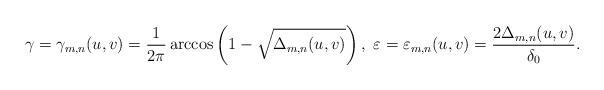
\begin{align*}\gamma=\gamma_{m,n}(u,v) = \frac{1}{2\pi}\arccos\left(1-\sqrt{\Delta_{m,n}(u,v)}\right),\ \varepsilon=\varepsilon_{m,n}(u,v) =\frac{2\Delta_{m,n}(u,v)}{\delta_0}.\end{align*}